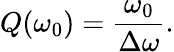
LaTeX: Q(\omega_{0})=\frac{\omega_{0}}{\Delta\omega}.